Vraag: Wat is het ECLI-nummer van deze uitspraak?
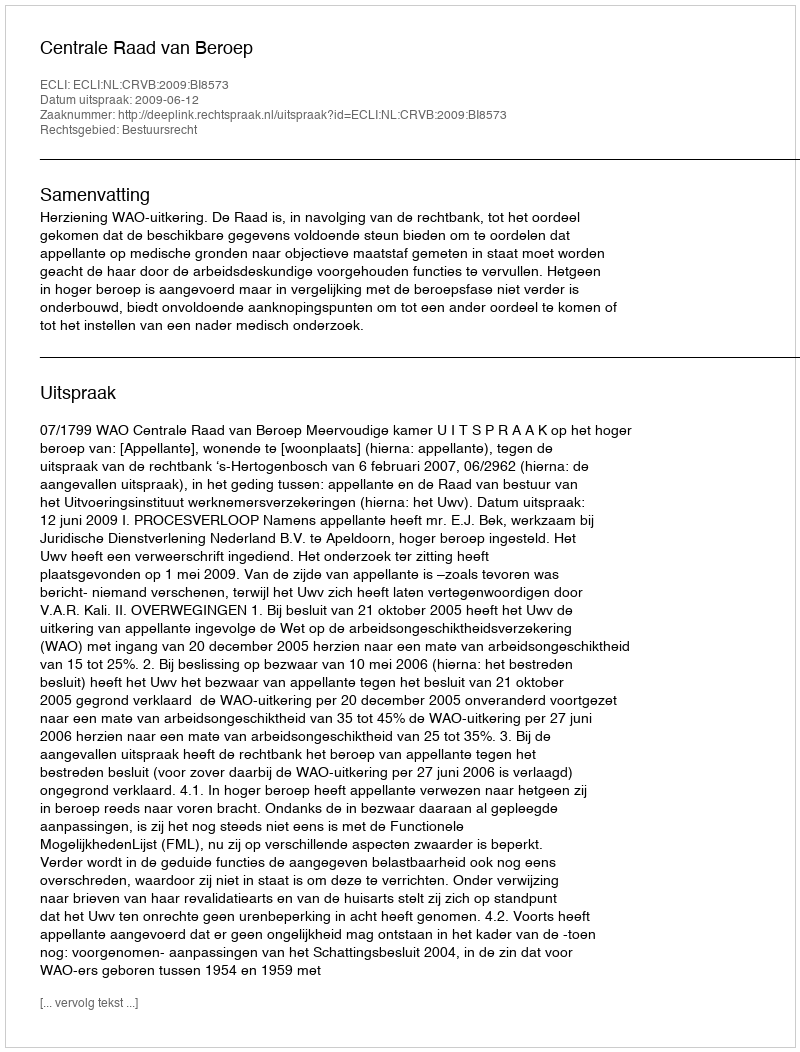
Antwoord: ECLI:NL:CRVB:2009:BI8573